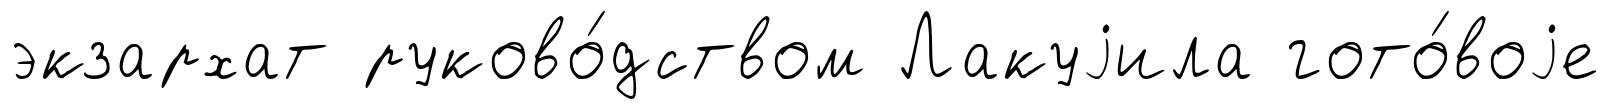
экзархат руково́дством Лакуjила гото́воjе